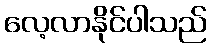
လေ့လာနိုင်ပါသည်